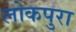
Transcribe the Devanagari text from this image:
लोकपुरा